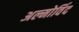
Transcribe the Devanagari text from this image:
अल्मोर्विद